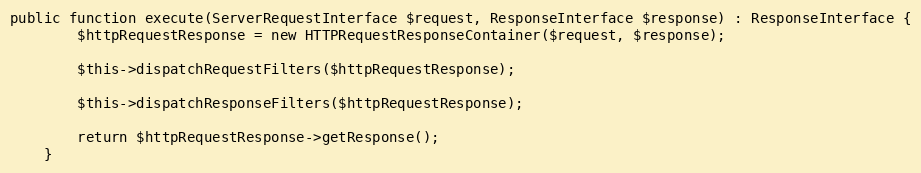
Language: PHP
public function execute(ServerRequestInterface $request, ResponseInterface $response) : ResponseInterface {
		$httpRequestResponse = new HTTPRequestResponseContainer($request, $response);

		$this->dispatchRequestFilters($httpRequestResponse);

		$this->dispatchResponseFilters($httpRequestResponse);

		return $httpRequestResponse->getResponse();
	}